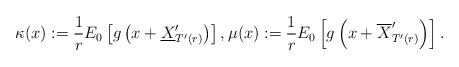
\begin{align*}\kappa(x):=\frac{1}{r} E_0\left[g\left(x+\underline{X}'_{T'(r)}\right)\right] , \mu(x):=\frac{1}{r}E_0\left[g\left(x+ \overline{X}'_{T'(r)}\right)\right] . \end{align*}